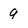
Character: 9